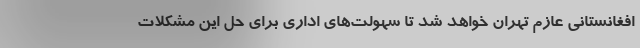
افغانستانی عازم تهران خواهد شد تا سهولت‌های اداری برای حل این مشکلات